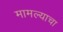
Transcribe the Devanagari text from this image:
मामल्याचा